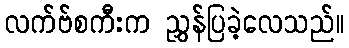
လက်ဗ်စကီးက ညွှန်ပြခဲ့လေသည်။